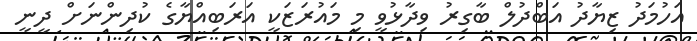
އަހުމަދު ޒިޔާދު އަބްދުލް ބާގިރު ވިދާޅުވީ މި މައުރަޒަކީ އަރަބިއްޔާގެ ކުދިންނަށް ދީނީ